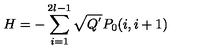
H = - \sum _ { i = 1 } ^ { 2 l - 1 } \sqrt { Q ^ { ' } } P _ { 0 } ( i , i + 1 )